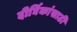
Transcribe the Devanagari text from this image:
दीर्घिकांसाठी